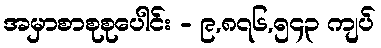
အမှာစာစုစုပေါင်း - ၉,၈၇၆,၅၄၃ ကျပ်